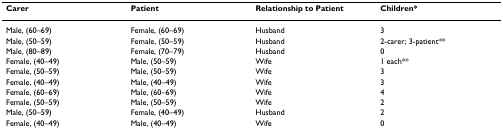
<table><thead><tr><td><b>Carer</b></td><td><b>Patient</b></td><td><b>Relationship to Patient</b></td><td><b>Children*</b></td></tr></thead><tbody><tr><td>Male, (60–69)</td><td>Female, (60–69)</td><td>Husband</td><td>3</td></tr><tr><td>Male, (50–59)</td><td>Female, (50–59)</td><td>Husband</td><td>2-carer; 3-patient**</td></tr><tr><td>Male, (80–89)</td><td>Female, (70–79)</td><td>Husband</td><td>0</td></tr><tr><td>Female, (40–49)</td><td>Male, (50–59)</td><td>Wife</td><td>1 each**</td></tr><tr><td>Female, (50–59)</td><td>Male, (50–59)</td><td>Wife</td><td>3</td></tr><tr><td>Female, (40–49)</td><td>Male, (40–49)</td><td>Wife</td><td>3</td></tr><tr><td>Female, (60–69)</td><td>Male, (60–69)</td><td>Wife</td><td>4</td></tr><tr><td>Female, (50–59)</td><td>Male, (50–59)</td><td>Wife</td><td>2</td></tr><tr><td>Male, (50–59)</td><td>Female, (40–49)</td><td>Husband</td><td>2</td></tr><tr><td>Female, (40–49)</td><td>Male, (40–49)</td><td>Wife</td><td>0</td></tr></tbody></table>